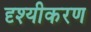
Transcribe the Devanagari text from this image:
दृश्यीकरण